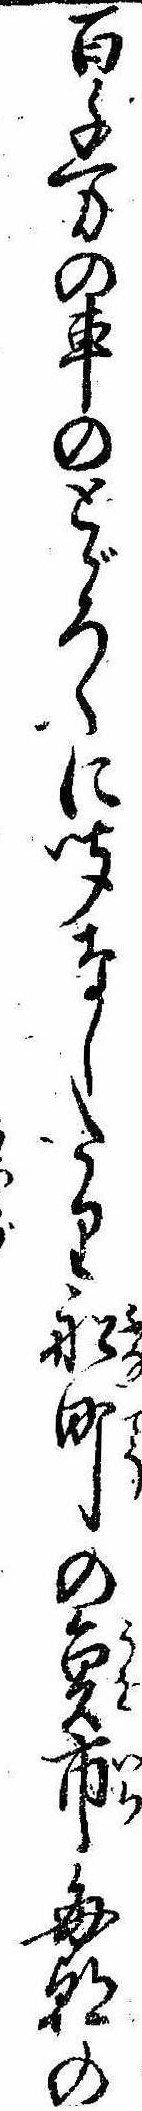
百千万の車のとゞろくに聞なしたり船町の魚市毎朝の